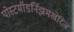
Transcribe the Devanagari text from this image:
पोस्टमॉडर्निझमखेरिज